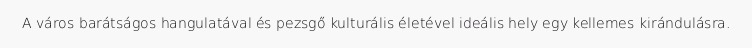
A város barátságos hangulatával és pezsgő kulturális életével ideális hely egy kellemes kirándulásra.